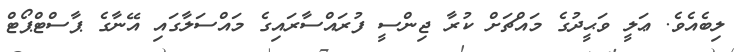
ލިބެއެވެ. ޢަލީ ވަޙީދުގެ މައްޗަށް ކުރާ ޖިންސީ ފުރައްސާރައިގެ މައްސަލާގައި އޭނާގެ ޕާސްޓްޕޯޓް